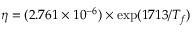
\eta = ( 2 . 7 6 1 \times 1 0 ^ { - 6 } ) \times \exp ( 1 7 1 3 / T _ { f } )